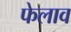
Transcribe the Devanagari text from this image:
फेलाव